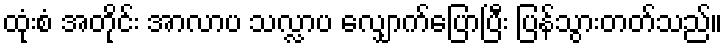
ထုံးစံ အတိုင်း အာလာပ သလ္လာပ လျှောက်ပြောပြီး ပြန်သွားတတ်သည်။